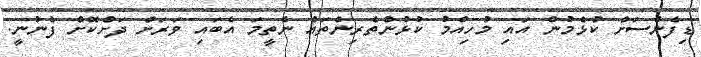
ޑިފެންސަށް ކުޅެމުން އައި މުހިއްމު ކުޅުންތެރިންތައް ނެތީމަ އެބައި ވަރަށް ދަށްކޮށް ފެނުނީ.